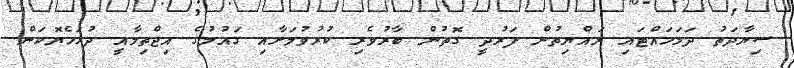
ސިޔާދަތު ދަމަހައްޓައި ރައްޔިތުން ފަރުދީ ގޮތުން ބާރުވެރި ކުރުވުމަށާއި ގައުމުގެ އިޖްތިމާއީ ދުޅަހެޔޮކަން